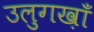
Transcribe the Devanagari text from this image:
उलुगख़ाँ